Sketch of the medical history of the native army of Bombay, for the year
Year: 1872
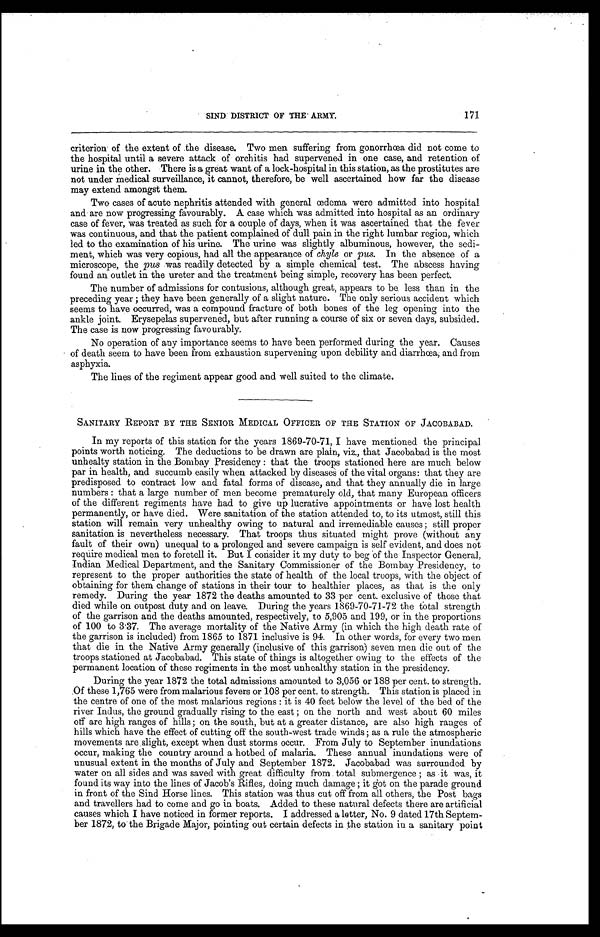
171
SIND DISTRICT OF THE ARMY.
criterion of the extent of the disease. Two men suffering from gonorrhœa did not come to
the hospital until a severe attack of orchitis had supervened in one case, and retention of
urine in the other. There is a great want of a lock-hospital in this station, as the prostitutes are
not under medical surveillance, it cannot, therefore, be well ascertained how far the disease
may extend amongst them.
Two cases of acute nephritis attended with general œdema were admitted into hospital
and are now progressing favourably. A case which was admitted into hospital as an ordinary
case of fever, was treated as such for a couple of days, when it was ascertained that the fever
was continuous, and that the patient complained of dull pain in the right lumbar region, which
led to the examination of his urine. The urine was slightly albuminous, however, the sedi-
ment, which was very copious, had all the appearance of chyle or pus. In the absence of a
microscope, the pus was readily detected by a simple chemical test. The abscess having
found an outlet in the ureter and the treatment being simple, recovery has been perfect.
The number of admissions for contusions, although great, appears to be less than in the
preceding year; they have been generally of a slight nature. The only serious accident which
seems to have occurred, was a compound fracture of both bones of the leg opening into the
ankle joint. Erysepelas supervened, but after running a course of six or seven days, subsided.
The case is now progressing favourably.
No operation of any importance seems to have been performed during the year. Causes
of death seem to have been from exhaustion supervening upon debility and diarrhœa, and from
asphyxia.
The lines of the regiment appear good and well suited to the climate.
SANITARY REPORT BY THE SENIOR MEDICAL OFFICER OF THE STATION OF JACOBABAD.
In my reports of this station for the years 1869-70-71, I have mentioned the principal
points worth noticing. The deductions to be drawn are plain, viz., that Jacobabad is the most
unhealty station in the Bombay Presidency: that the troops stationed here are much below
par in health, and succumb easily when attacked by diseases of the vital organs: that they are
predisposed to contract low and fatal forms of disease, and that they annually die in large
numbers: that a large number of men become prematurely old, that many European officers
of the different regiments have had to give up lucrative appointments or have lost health
permanently, or have died. Were sanitation of the station attended to, to its utmost, still this
station will remain very unhealthy owing to natural and irremediable causes; still proper
sanitation is nevertheless necessary. That troops thus situated might prove (without any
fault of their own) unequal to a prolonged and severe campaign is self evident, and does not
require medical men to foretell it. But I consider it my duty to beg of the Inspector General,
Indian Medical Department, and the Sanitary Commissioner of the Bombay Presidency, to
represent to the proper authorities the state of health of the local troops, with the object of
obtaining for them change of stations in their tour to healthier places, as that is the only
remedy. During the year 1872 the deaths amounted to 33 per cent. exclusive of those that
died while on outpost duty and on leave. During the years 1869-70-71-72 the total strength
of the garrison and the deaths amounted, respectively, to 5,905 and 199, or in the proportions
of 100 to 3 . 37. The average mortality of the Native Army (in which the high death rate of
the garrison is included) from 1865 to 1871 inclusive is 94. In other words, for every two men
that die in the Native Army generally (inclusive of this garrison) seven men die out of the
troops stationed at Jacobabad. This state of things is altogether owing to the effects of the
permanent location of these regiments in the most unhealthy station in the presidency.
During the year 1872 the total admissions amounted to 3,056 or 188 per cent. to strength.
Of these 1,765 were from malarious fevers or 108 per cent. to strength. This station is placed in
the centre of one of the most malarious regions: it is 40 feet below the level of the bed of the
river Indus, the ground gradually rising to the east; on the north and west about 60 miles
off are high ranges of hills; on the south, but at a greater distance, are also high ranges of
hills which have the effect of cutting off the south-west trade winds; as a rule the atmospheric
movements are slight, except when dust storms occur. From July to September inundations
occur, making the country around a hotbed of malaria. These annual inundations were of
unusual extent in the months of July and September 1872. Jacobabad was surrounded by
water on all sides and was saved with great difficulty from total submergence; as it was, it
found its way into the lines of Jacob's Rifles, doing much damage; it got on the parade ground
in front of the Sind Horse lines. This station was thus cut off from all others, the Post bags
and travellers had to come and go in boats. Added to these natural defects there are artificial
causes which I have noticed in former reports. I addressed a letter, No. 9 dated 17th Septem-
ber 1872, to the Brigade Major, pointing out certain defects in the station in a sanitary point